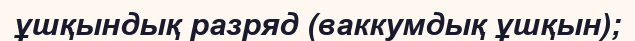
ұшқындық разряд (ваккумдық ұшқын);